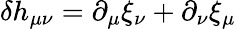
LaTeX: \delta h_{\mu\nu}=\partial_{\mu}\xi_{\nu}+\partial_{\nu}\xi_{\mu}